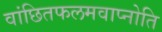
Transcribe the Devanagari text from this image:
वांछितफलमवाप्नोति